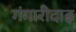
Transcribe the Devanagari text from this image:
गंगारीदाइ